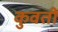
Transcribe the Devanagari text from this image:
कुवती